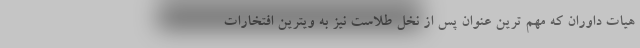
هیات داوران که مهم ترین عنوان پس از نخل طلاست نیز به ویترین افتخارات